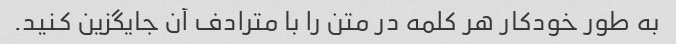
به طور خودکار هر کلمه در متن را با مترادف آن جایگزین کنید.